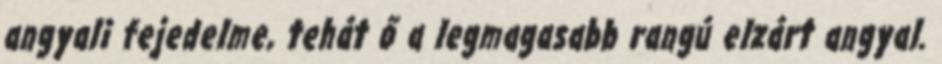
angyali fejedelme, tehát ő a legmagasabb rangú elzárt angyal.